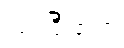
လုပ်ပြီးတော့